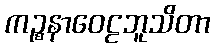
ကဉ္စနာဝေဠဘူသိတာ